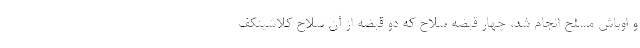
و اوباش مسلح انجام شد، چهار قبضه سلاح که دو قبضه از آن سلاح کلاشینکف